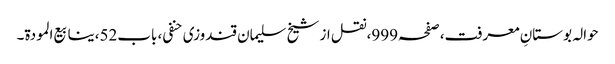
حوالہ بوستانِ معرفت،صفحہ999،نقل از شیخ سلیمان قندوزی حنفی، باب52،ینابیع المودة۔